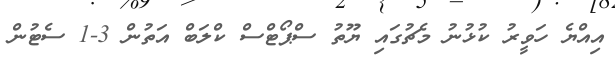
އިއްޔެ ހަވީރު ކުޅުނު މެޗުގައި ޔޫތު ސްޕޯޓްސް ކްލަބް އަތުން 3-1 ސެޓުން